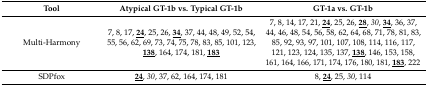
<table><thead><tr><td><b>Tool</b></td><td><b>Atypical GT-1b vs. Typical GT-1b</b></td><td><b>GT-1a vs. GT-1b</b></td></tr></thead><tbody><tr><td>Multi-Harmony</td><td>7, 8, 17, <b><underline>24</underline></b>, 25, 26, <b><underline>34</underline></b>, 37, 44, 48, 49, 52, 54, 55, 56, 62, 69, 73, 74, 75, 78, 83, 85, 101, 123, <b><underline>138</underline></b>, 164, 174, 181, <b><underline>183</underline></b></td><td>7, 8, 14, 17, 21, <b><underline>24</underline></b>, 25, 26, <b><underline>28</underline></b>, <i>30</i>, <b><underline>34</underline></b>, 36, 37, 44, 46, 48, 54, 56, 58, 62, 64, 68, 71, 78, 81, 83, 85, 92, 93, 97, 101, 107, 108, 114, 116, 117, 121, 123, 124, 135, 137, <b><underline>138</underline></b>, 146, 153, 158, 161, 164, 166, 171, 174, 176, 180, 181, <b><underline>183</underline></b>, 222</td></tr><tr><td>SDPfox</td><td><b><underline>24</underline></b>, <i>30</i>, 37, 62, 164, 174, 181</td><td>8, <b><underline>24</underline></b>, 25, <i>30</i>, 114</td></tr></tbody></table>